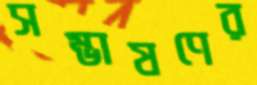
সম্ভাষণের